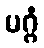
မဂ္ဂံ